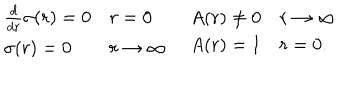
LaTeX: \begin{array} { l l } { { \begin{array} { l l } { { \frac { d } { d r } \sigma ( r ) = 0 } } & { { r = 0 } } \\ { { \sigma ( r ) = 0 } } & { { r \rightarrow \infty } } \\ \end{array} } } & { { \begin{array} { l l } { { A ( r ) \neq 0 } } & { { r \rightarrow \infty } } \\ { { A ( r ) = 1 } } & { { r = 0 . } } \\ \end{array} } } \\ \end{array}